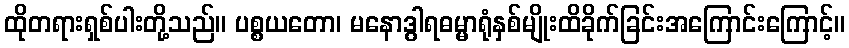
ထိုတရားရှစ်ပါးတို့သည်။ ပစ္စယတော၊ မနောဒွါရဓမ္မာရုံနှစ်မျိုးထိခိုက်ခြင်းအကြောင်းကြောင့်။